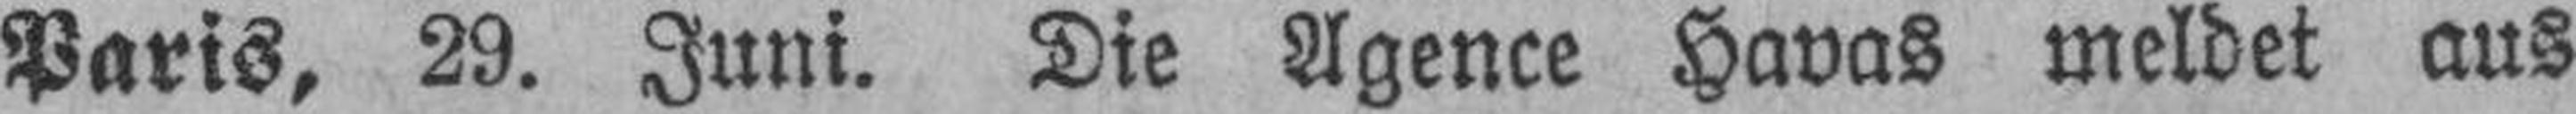
Paris, 29. Juni. Die Agence Havas meldet aus